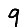
Digit: 9